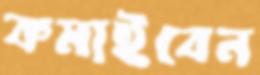
কমাইবেন